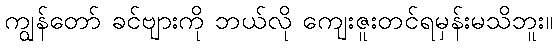
ကျွန်တော် ခင်ဗျားကို ဘယ်လို ကျေးဇူးတင်ရမှန်းမသိဘူး။